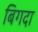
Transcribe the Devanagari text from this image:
बिगदा